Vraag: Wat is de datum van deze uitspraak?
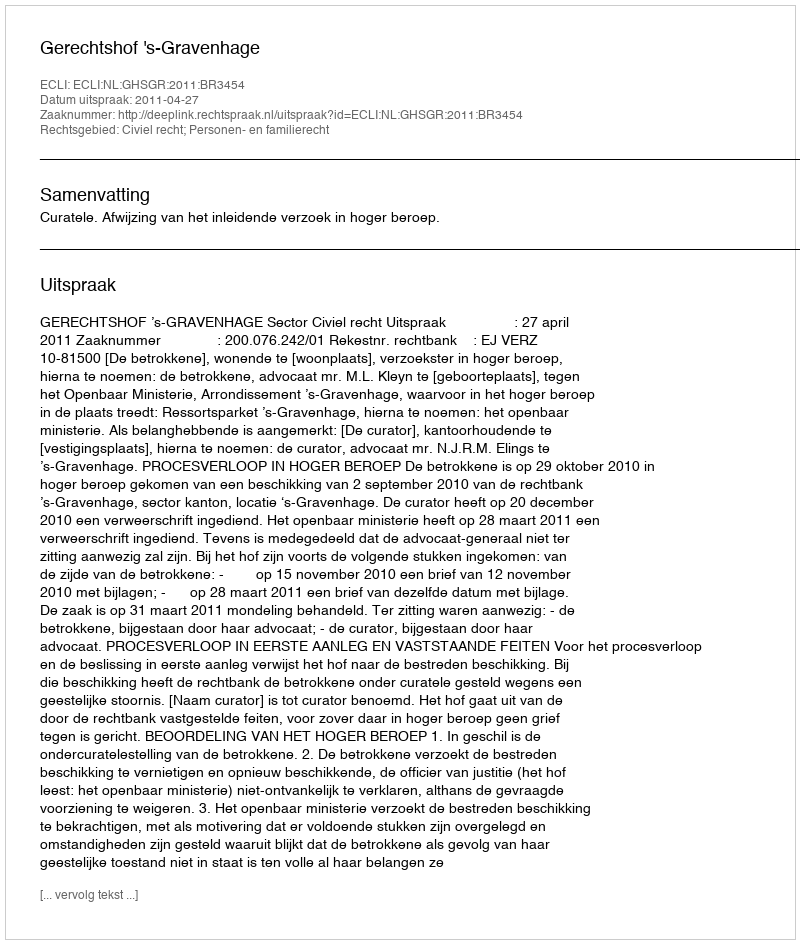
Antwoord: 2011-04-27